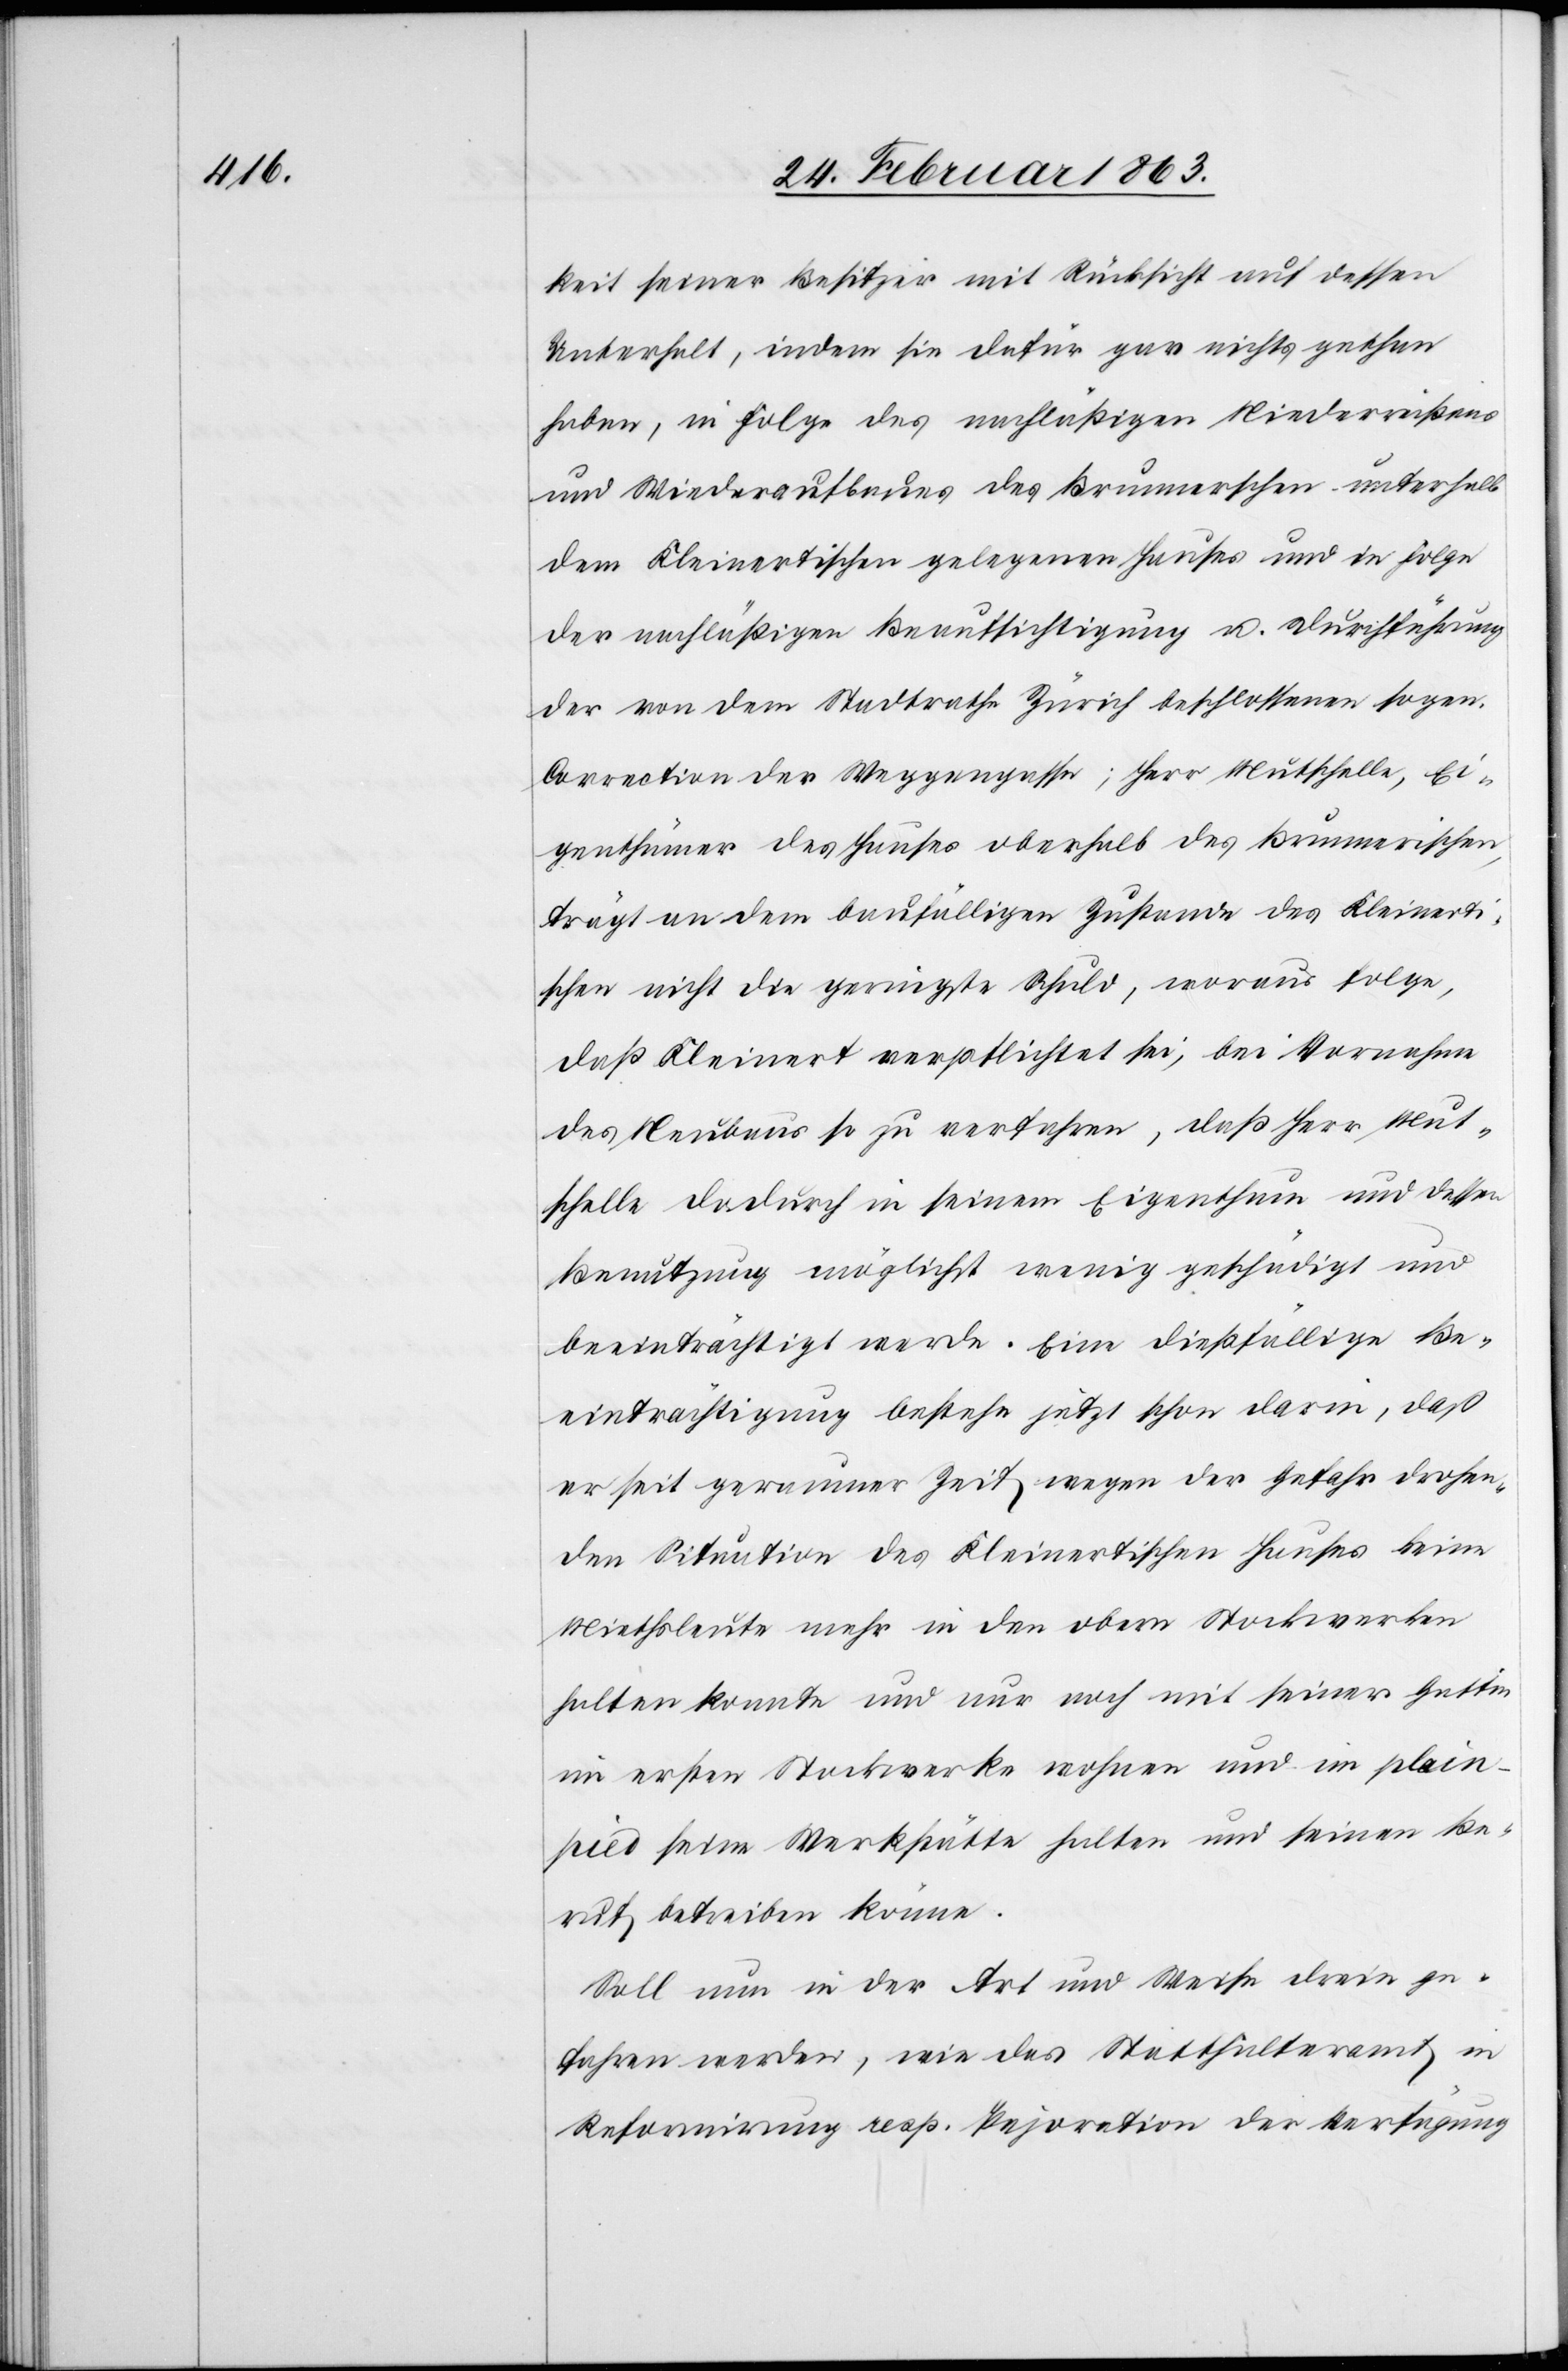
keit seiner Besitzer mit Rücksicht auf dessen
Unterhalt, indem sie dafür gar nichts gethan
haben, in Folge des nachläßigen Niederreißens
und Wiederaufbaues des Brunnerschen unterhalb
dem Kleinertischen gelegenen Hauses und in Folge
der nachläßigen Beaufsichtigung u. Durchführung
der von dem Stadtrathe Zürich beschlossenen sogen.
Correction der Weggengasse; Herr Mutschelle, Ei¬
genthümer des Hauses oberhalb des Brunnerischen,
trägt an dem baufälligen Zustande des Kleinerti¬
schen nicht die geringste Schuld, woraus folge,
daß Kleinert verpflichtet sei, bei Vornahme
des Neubaus so zu verfahren, daß Herr Mut¬
schelle dadurch in seinem Eigenthum und dessen
Benutzung möglichst wenig geschädigt und
beeinträchtigt werde. Eine dießfällige Be¬
einträchtigung bestehe jetzt schon darin, daß
er seit geraumer Zeit wegen der Gefahr drohen¬
den Situation des Kleinertischen Hauses keine
Miethsleute mehr in den obern Stockwerken
halten konnte und nur noch mit seiner Gattin
im ersten Stockwerke wohnen und im plain-p¬
ied seine Werkstätte halten und seinen Be¬
ruf betreiben könne.
Soll nun in der Art und Weise drein ge¬
fahren werden, wie das Statthalteramt in
Reformirung resp. Pejoration der Verfügung